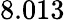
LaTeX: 8.013